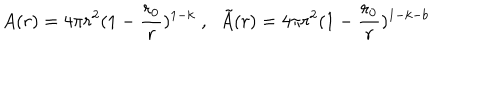
LaTeX: A ( r ) = 4 \pi r ^ { 2 } ( 1 - \frac { r _ { 0 } } { r } ) ^ { 1 - k } \; , \; \; \tilde { A } ( r ) = 4 \pi r ^ { 2 } ( 1 - \frac { r _ { 0 } } { r } ) ^ { 1 - k - b }